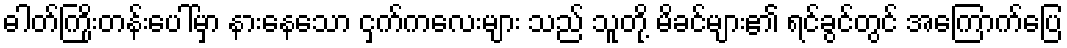
ဓါတ်ကြိုးတန်းပေါ်မှာ နားနေသော ငှက်ကလေးများ သည် သူတို့ မိခင်များ၏ ရင်ခွင်တွင် အကြောက်ပြေ